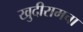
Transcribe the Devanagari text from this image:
खुदीरामचा